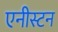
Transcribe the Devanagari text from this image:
एनीस्टन